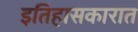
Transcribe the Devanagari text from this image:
इतिहासकारात